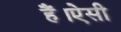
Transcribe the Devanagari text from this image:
हैं।ऐसी